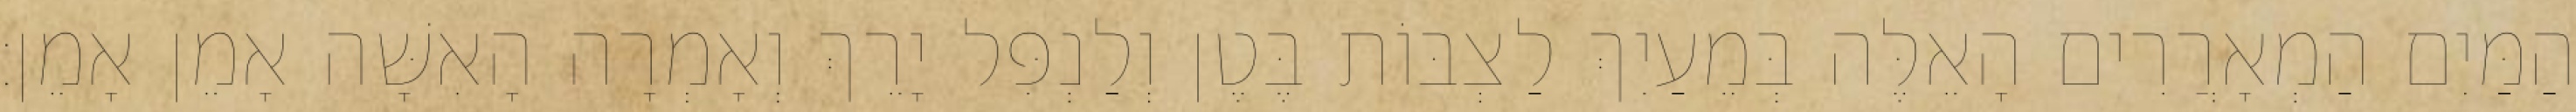
הַמַּיִם הַמְאָרֲרִים הָאֵלֶּה בְּמֵעַיִךְ לַצְבּוֹת בֶּטֶן וְלַנְפִּל יָרֵךְ וְאָמְרָה הָאִשָּׁה אָמֵן אָמֵן׃